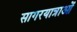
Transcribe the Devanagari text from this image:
सागरयात्राओं